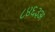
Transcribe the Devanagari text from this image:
८४६३अ